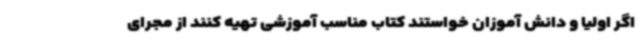
اگر اولیا و دانش آموزان خواستند کتاب مناسب آموزشی تهیه کنند از مجرای